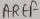
Text: AREF